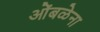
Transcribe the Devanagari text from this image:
ओंबळेना